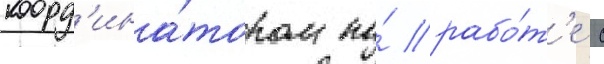
коорд'ина́тором по́ рабо́т'е с